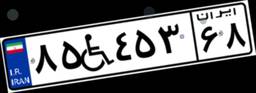
۸۵W۴۵۳۶۸